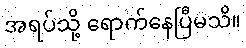
အရပ်သို့ ရောက်နေပြီမသိ။